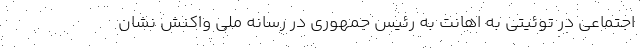
اجتماعی در توئیتی به اهانت به رئیس جمهوری در رسانه ملی واکنش نشان